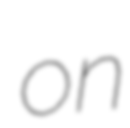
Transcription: on